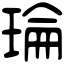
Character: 𤦎